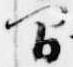
間